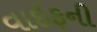
વાઇફની